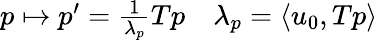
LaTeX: \begin{array}{r}{p\mapsto p^{\prime}=\frac{1}{\lambda_{p}}Tp\quad\lambda_{p}=\langle u_{0},Tp\rangle}\end{array}